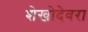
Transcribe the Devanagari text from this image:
शेखोदेवरा